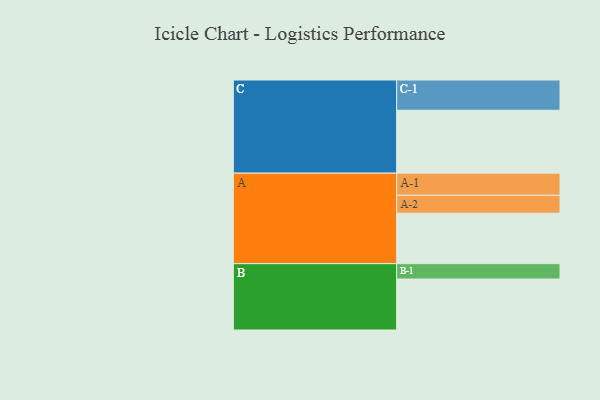
{"axis": {"x": "Segment", "y": "Value"}, "legend": ["", "A", "B", "C"], "data": [{"x": "A", "y": 438, "type": ""}, {"x": "B", "y": 443, "type": ""}, {"x": "C", "y": 546, "type": ""}, {"x": "A-1", "y": 192, "type": "A"}, {"x": "A-2", "y": 156, "type": "A"}, {"x": "B-1", "y": 133, "type": "B"}, {"x": "C-1", "y": 263, "type": "C"}]}